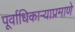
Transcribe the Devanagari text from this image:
पूर्वाधिकार्‍याप्रमाणे